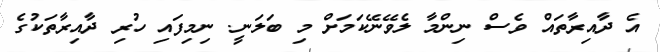
އެ ދާއިރާތައް ވެސް ނިންމާ ލެވޭނޭކަމަށް މި ބަލަނީ. ނިމިފައި ހުރި ދާއިރާތަކުގެ